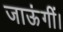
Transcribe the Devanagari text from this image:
जाऊंगीं।